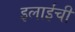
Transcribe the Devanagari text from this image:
इलाईंची